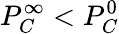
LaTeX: P_{C}^{\infty}<P_{C}^{0}